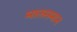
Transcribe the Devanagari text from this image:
मालसमान